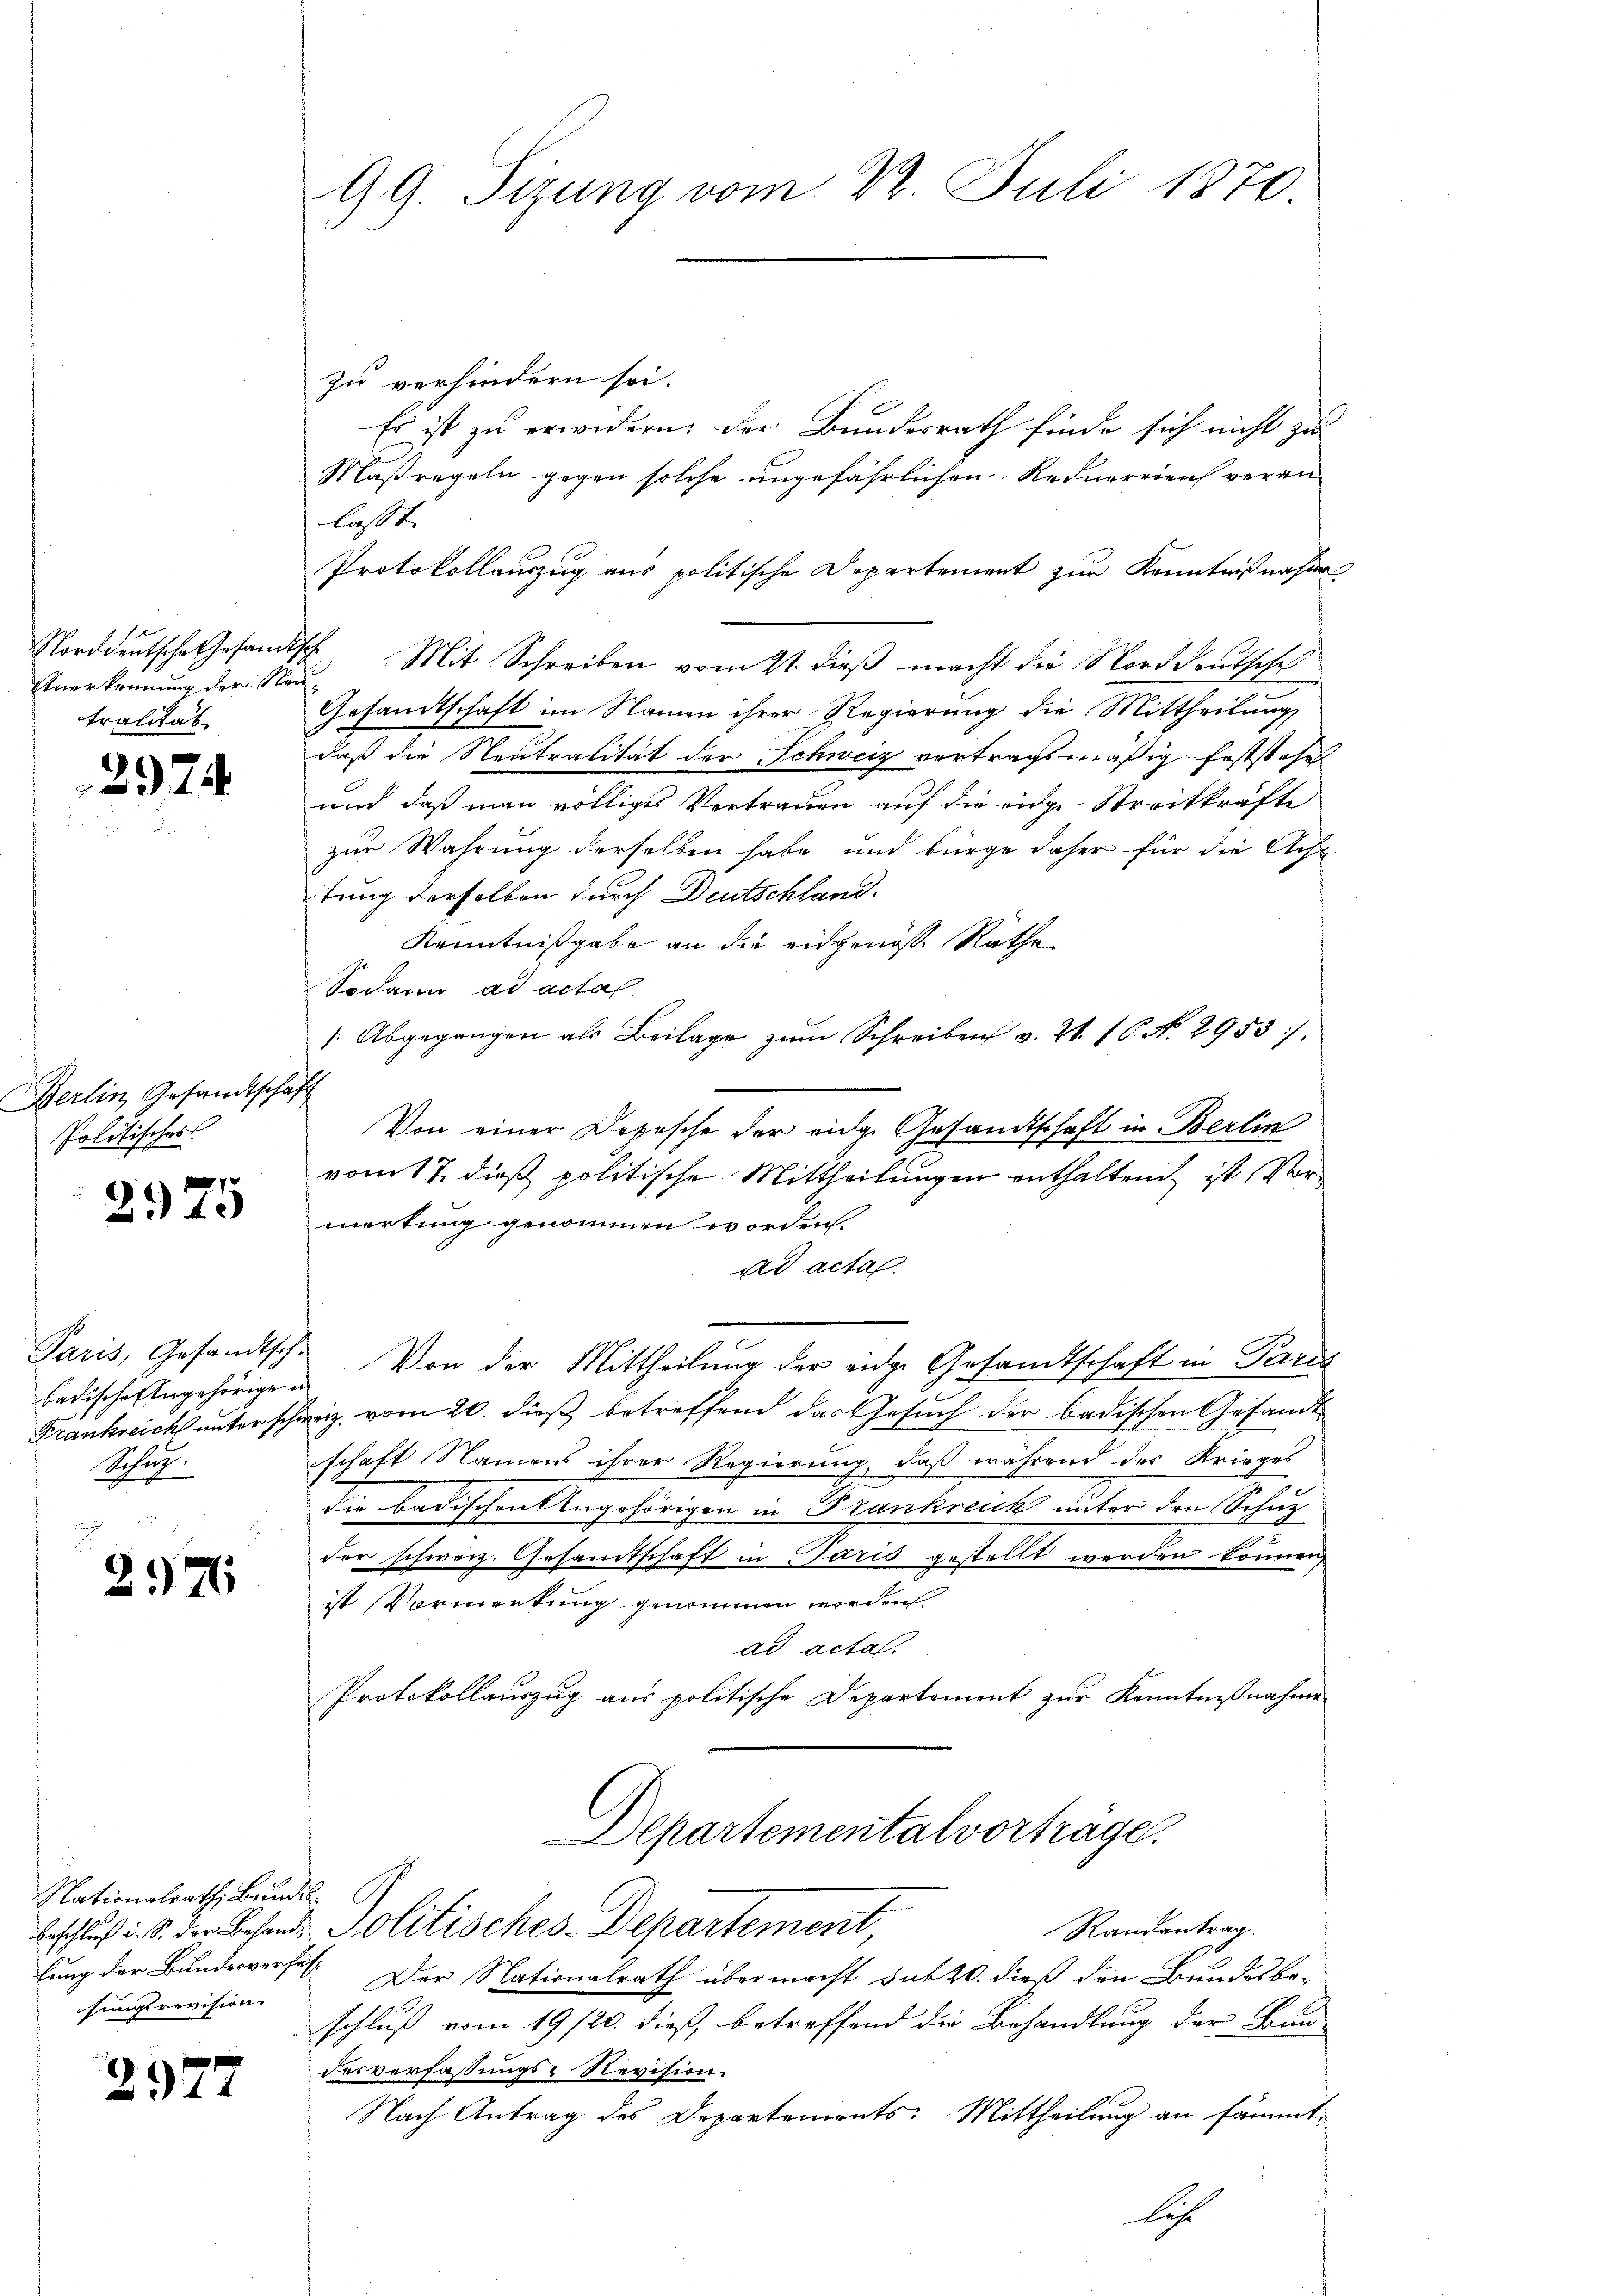
Norddeutsche Gesamt
Anerkennung der Stad
tralität

292

Gerlin Gesandtschaf
Politisches

2975

Paris, Gesandtsch.
badische Angehörigen
Frankreich unter schon
Schup¬

297

Nationalrath, Bunde
lung der Bundesverfa
fungsrevision.

2972

99. Sizung vom 22. Juli 1870

zu verhindern sei.
Es ist zu erwidern, der Bundesrath finde sich nicht zu
Maßregeln gegen solche angefährlichen Rednereien veran-
lasst.
Protokollauszug aus politische Departement zur Kenntnißnahm
ch Mit Schreiben vom 21. dieß macht die Norddeutsche
1
Gesandtschaft im Namen ihrer Regierung die Mittheilung
daß die Neutralität der Schweiz vertragsmäßig feststehe
und daß man völliges Vertrauen auf die eige Streitkräfte
zur Wahrung derselben habe und bürge daher für die Acht
tung derselben durch Deutschland.
Kenntnißgabe an die eidgenoße Rathe
Sodann ad acta.
/Abgegangen als Beilage zŭm Schreiben v. 21. 16. No. 2955 :/
h
Von einer Depesche der eidg. Gesandtschaft in Berlin
vom 17. dieß politische Mittheilungen enthaltend ist Vormerkung genommen worden.
ad acta
Von der Mittheilung der eidge Gesandtschaft in Paris
z. vom 20. dieß betreffend das Gesuch der badischen Gesandt
schaft Namens ihrer Regierung, daß während des Krieges
s
die badischentengehörigen in Trankreck unter den Schne
der schweiz. Gesamtschaft in Paris gestellt werden können,
ist Vormerkung genommen worden.
ad acta.
Protokollauszug aus politische Departement zur Kenntnißnahme
Departementalvorträge.
1
Randantrag.
beschluß i. S. der Behande Politisches Departement
.
Der Nationalrath übermacht sub 20. dieß den Bundesbe-
schluß vom 19/20. dieß, betreffend die Behandlung der Bun-
derverfassungs-Revision.
Nach Antrag des Departements: Mittheilung an sämmt
les